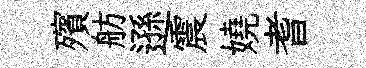
殯舫遜震嬈耆